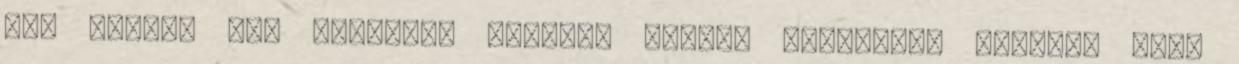
egy kicsit már mindenki tanult. Sokkal alaposabb tudásod lesz